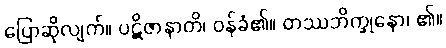
ပြောဆိုလျက်။ ပဋိဇာနာတိ၊ ဝန်ခံ၏။ တဿဘိက္ခုနော၊ ၏။